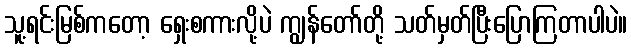
သူ့ရင်းမြစ်ကတော့ ရှေးစကားလို့ပဲ ကျွန်တော်တို့ သတ်မှတ်ပြီးပြောကြတာပါပဲ။